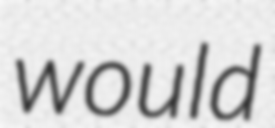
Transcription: would